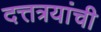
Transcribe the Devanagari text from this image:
दत्तत्रयांची